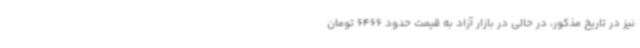
نیز در تاریخ مذکور، در حالی در بازار آزاد به قیمت حدود 6466 تومان